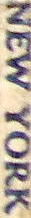
NEW YORK